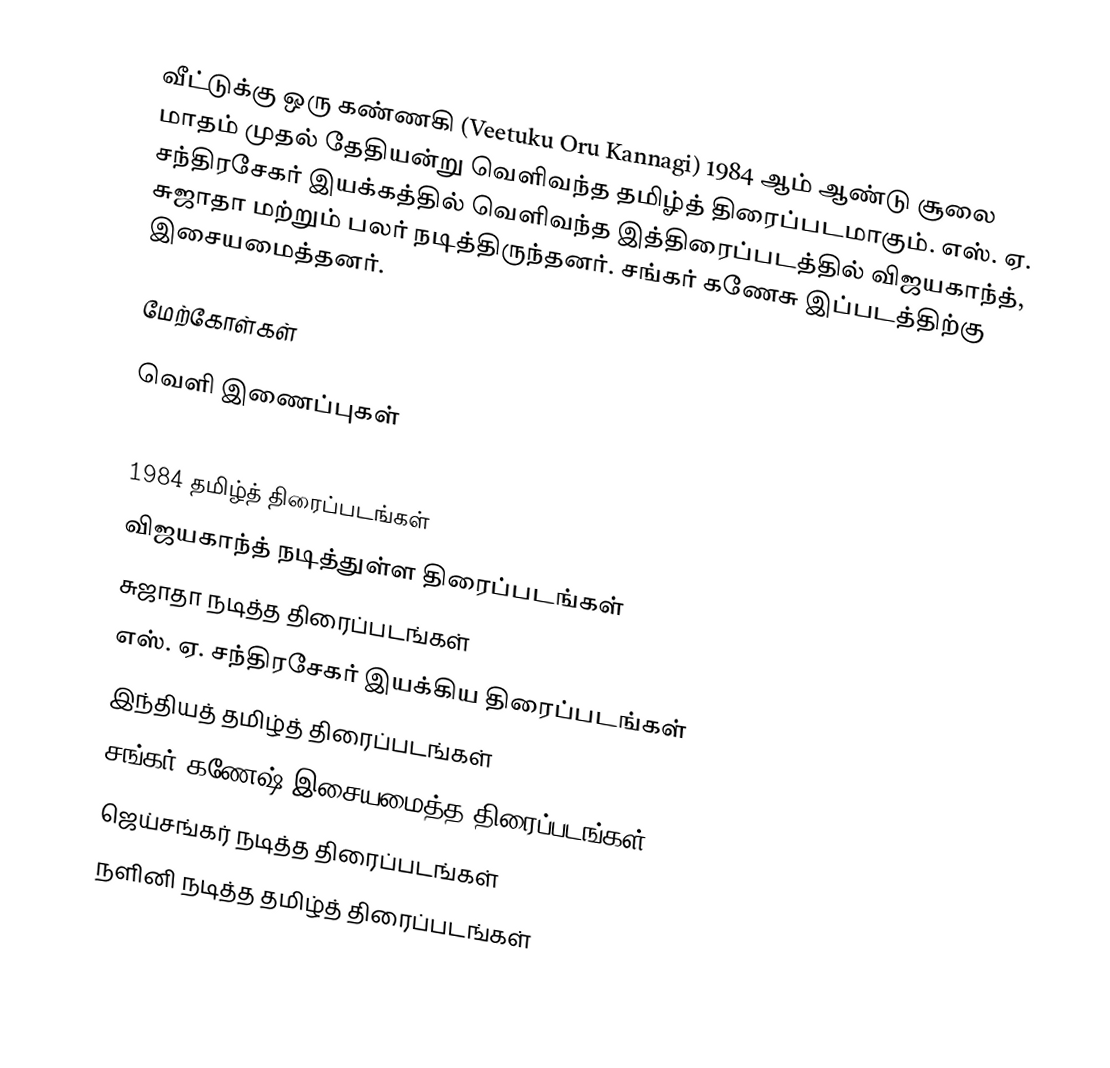
வீட்டுக்கு ஒரு கண்ணகி (Veetuku Oru Kannagi) 1984 ஆம் ஆண்டு சூலை மாதம் முதல் தேதியன்று வெளிவந்த தமிழ்த் திரைப்படமாகும். எஸ். ஏ. சந்திரசேகர் இயக்கத்தில் வெளிவந்த இத்திரைப்படத்தில் விஜயகாந்த், சுஜாதா மற்றும் பலர் நடித்திருந்தனர். சங்கர் கணேசு இப்படத்திற்கு இசையமைத்தனர்.

மேற்கோள்கள்

வெளி இணைப்புகள்

1984 தமிழ்த் திரைப்படங்கள்
விஜயகாந்த் நடித்துள்ள திரைப்படங்கள்
சுஜாதா நடித்த திரைப்படங்கள்
எஸ். ஏ. சந்திரசேகர் இயக்கிய திரைப்படங்கள்
இந்தியத் தமிழ்த் திரைப்படங்கள்
சங்கர் கணேஷ் இசையமைத்த திரைப்படங்கள்
ஜெய்சங்கர் நடித்த திரைப்படங்கள்
நளினி நடித்த தமிழ்த் திரைப்படங்கள்